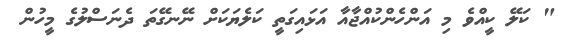
" ކަލޭ ކީއްވެ މި އަންހެންކުއްޖާއާ އަޅައިގަތީ ކަލެޔަކަށް ނޭނގޭތަ ދެނަސްލުގެ މީހުން